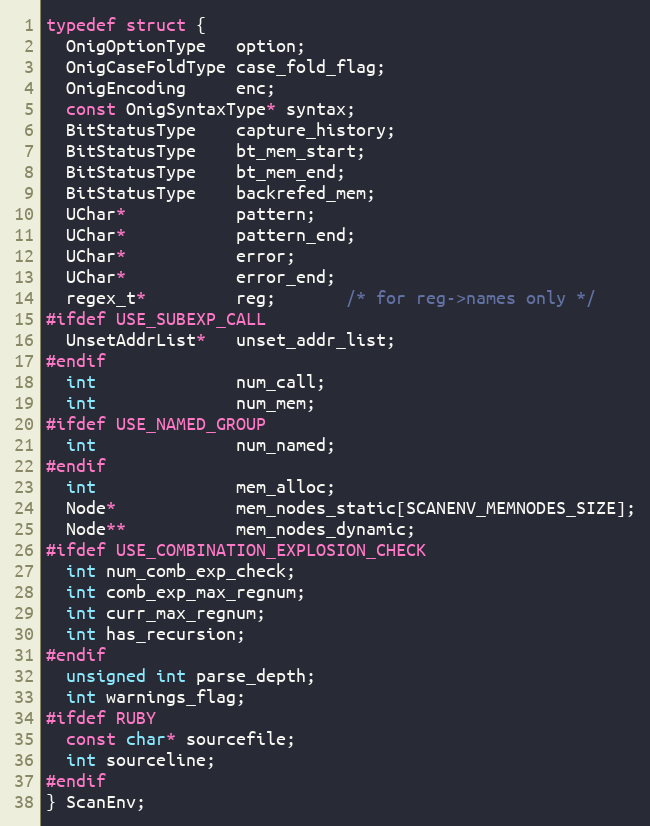
Language: C
typedef struct {
  OnigOptionType   option;
  OnigCaseFoldType case_fold_flag;
  OnigEncoding     enc;
  const OnigSyntaxType* syntax;
  BitStatusType    capture_history;
  BitStatusType    bt_mem_start;
  BitStatusType    bt_mem_end;
  BitStatusType    backrefed_mem;
  UChar*           pattern;
  UChar*           pattern_end;
  UChar*           error;
  UChar*           error_end;
  regex_t*         reg;       /* for reg->names only */
#ifdef USE_SUBEXP_CALL
  UnsetAddrList*   unset_addr_list;
#endif
  int              num_call;
  int              num_mem;
#ifdef USE_NAMED_GROUP
  int              num_named;
#endif
  int              mem_alloc;
  Node*            mem_nodes_static[SCANENV_MEMNODES_SIZE];
  Node**           mem_nodes_dynamic;
#ifdef USE_COMBINATION_EXPLOSION_CHECK
  int num_comb_exp_check;
  int comb_exp_max_regnum;
  int curr_max_regnum;
  int has_recursion;
#endif
  unsigned int parse_depth;
  int warnings_flag;
#ifdef RUBY
  const char* sourcefile;
  int sourceline;
#endif
} ScanEnv;